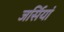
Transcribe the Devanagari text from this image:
जर्सियां